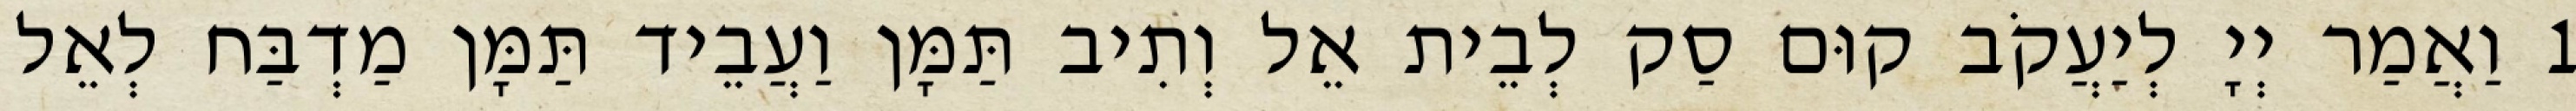
1 וַאֲמַר יְיָ לְיַעֲקֹב קוּם סַק לְבֵית אֵל וְתִיב תַּמָּן וַעֲבֵיד תַּמָּן מַדְבַּח לְאֵל